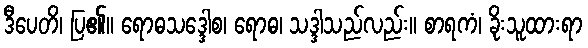
ဒီပေတိ၊ ပြ၏။ ရောဓသဒ္ဒေါစ၊ ရောဓ၊ သဒ္ဒါသည်လည်း။ စာရကံ၊ ခိုးသူထားရာ